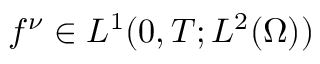
f ^ { \nu } \in L ^ { 1 } ( 0 , T ; L ^ { 2 } ( \Omega ) )